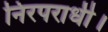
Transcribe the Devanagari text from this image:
निरपराधी।